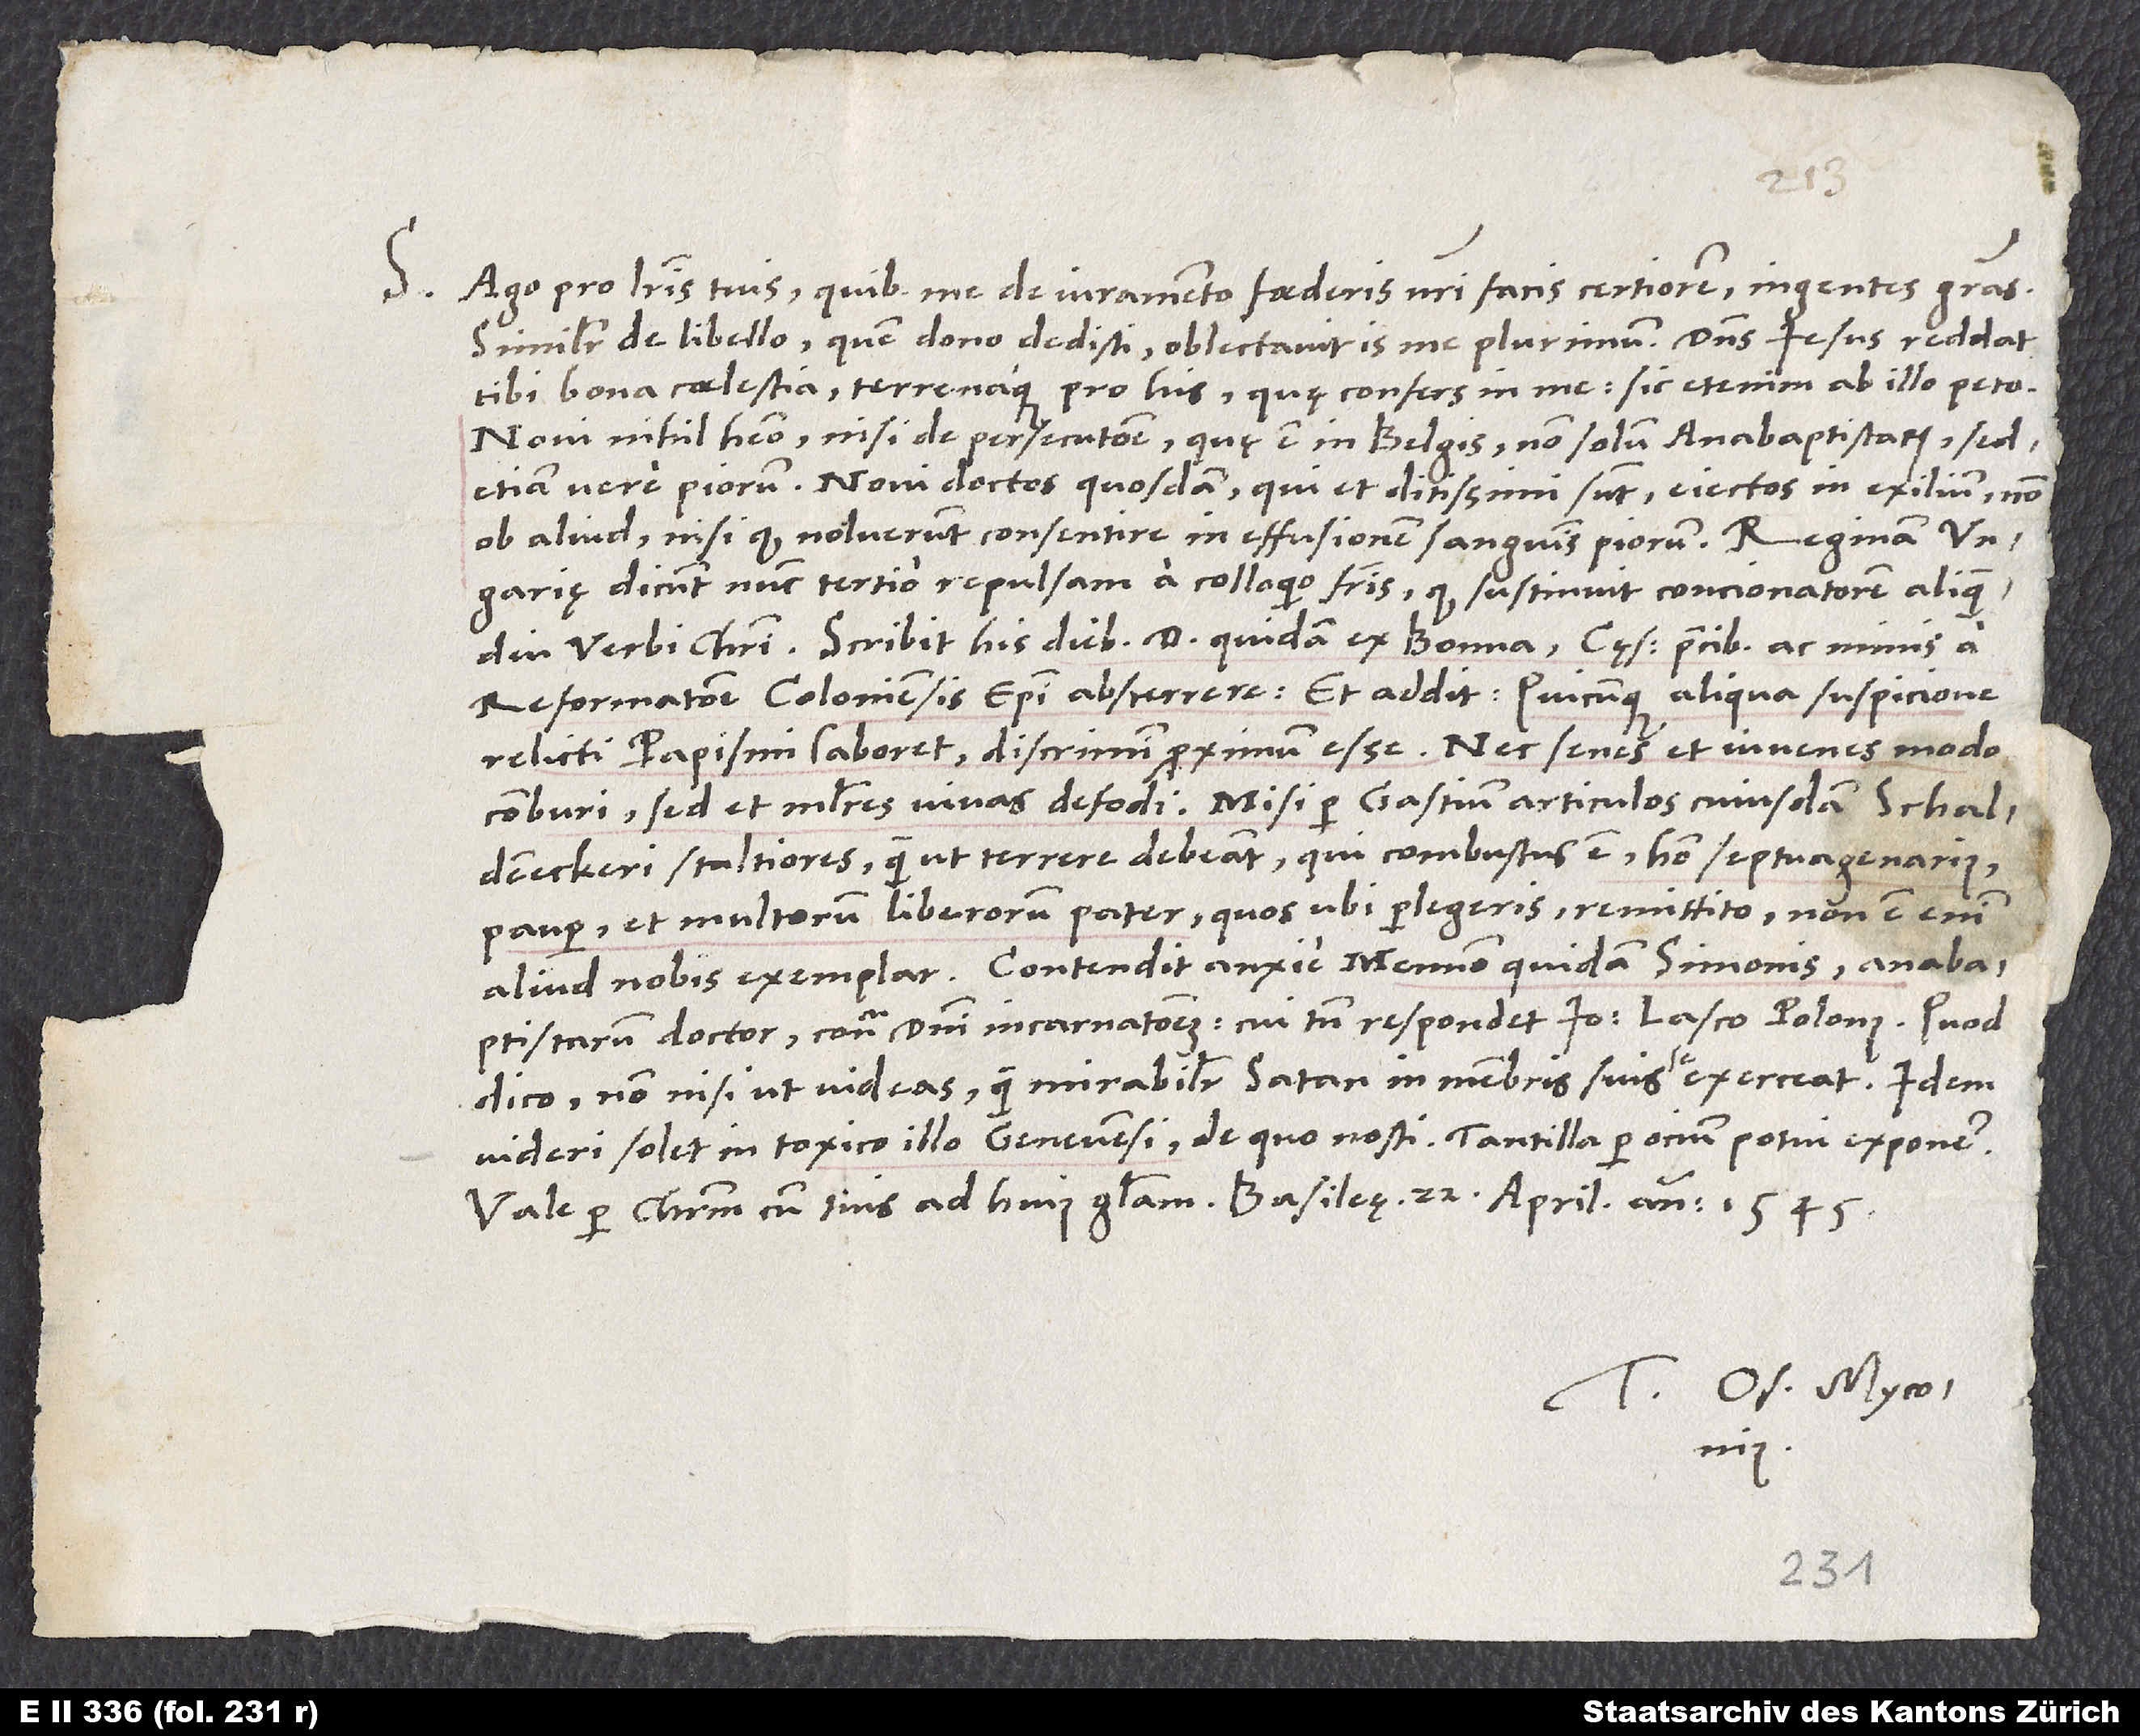
S.

Ago pro literis tuis, quibus me de iuramento foederis nostri facis certiorem, ingentes gratias.
Similiter de libello, quem dono dedisti. Oblectavit is me plurimum. Dominus Iesus reddat
tibi bona coelestia terrenaque pro his, quę confers in me; sic etenim ab illo peto.
Novi nihil habeo, nisi de persecutione, quę est in Belgis, non solum anabaptistarum, sed
etiam vere piorum. Novi doctos quosdam, qui et ditissimi sunt, eiectos in exilium non
ob aliud, nisi quod noluerunt consentire in effusionem sanguinis piorum. Reginam Ungarię
dicunt nunc tertio repulsam a colloquio fratris, quod sustinuit concionatorem aliquamdiu
verbi Christi. Scribit his diebus d. quidam ex Bonna cęsarem precibus ac minis a
reformatione Coloniensis episcopi absterrere, et addit, quicunque aliqua suspicione
relicti papismi laboret, discrimini proximum esse. Nec senes et iuvenes modo
Schaldeneckeri - stultiores, quam ut terrere debeant -, qui combustus est, homo septuagenarius,
pauper et multorum liberorum pater; quos, ubi perlegeris, remittito. Non est enim
aliud nobis exemplar. Contendit anxie Mennon quidam Simonis, anabaptistarum
doctor, contra domini incarnationem, cui tamen respondet Ioannes Lasco Polonus. Quod
dico nonnisi, ut videas, quam mirabiliter satan in membris suis se exerceat. Idem
videri solet in toxico illo Genevensi, de quo nosti. Tantilla per ocium potui exponere.
Vale per Christum cum tuis ad huius gloriam. Basileę, 22. aprilis anno 1545.
Tuus Os. Myconius.